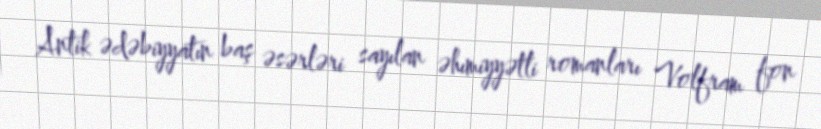
Antik ədəbiyyatın baş əsərləri sayılan əhımiyyətli romanları Volfram fon